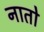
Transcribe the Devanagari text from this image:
नातो